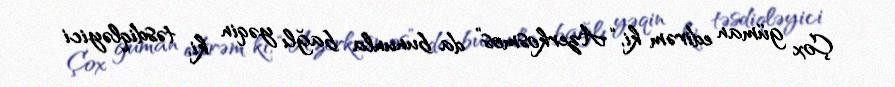
Çox güman edirəm ki, “Azerkosmos” da bununla bağlı yəqin ki, təsdiqləyici